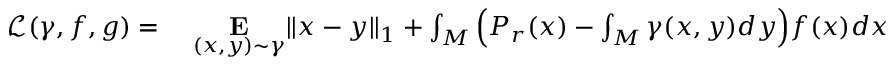
\begin{array} { r l } { \mathcal { L } ( \gamma , f , g ) = { } } & { { } \underset { ( x , y ) \sim \gamma } { \mathbf { E } } | | x - y | | _ { 1 } + \int _ { M } \Big ( P _ { r } ( x ) - \int _ { M } \gamma ( x , y ) d y \Big ) f ( x ) d x } \end{array}